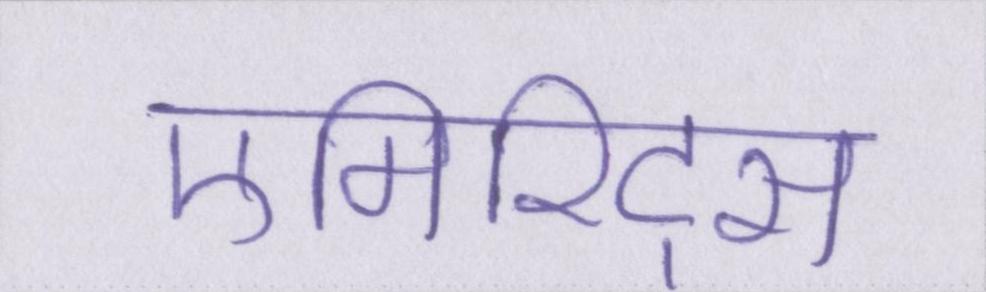
एमिरिट्स